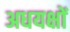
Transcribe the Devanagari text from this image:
अधयक्षों